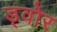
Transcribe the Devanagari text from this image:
ड्वोर